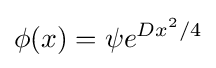
\phi (x)=\psi e^{Dx^{2}/4}